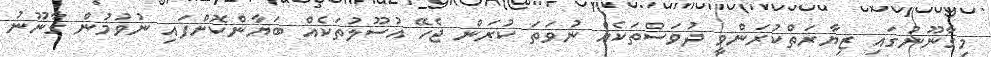
މިގާނޫނުގައި ޒިޔާރަތްކުރަންވީ ދުވަސްތަކެއް ނުވަތަ ކުރަން ޖެހޭ އުސޫލުތަކެއް ބަޔާންކޮށްފައި ނުވުމުން ގާނޫނު